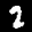
Label: 2